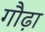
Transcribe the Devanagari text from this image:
गौढ़ा